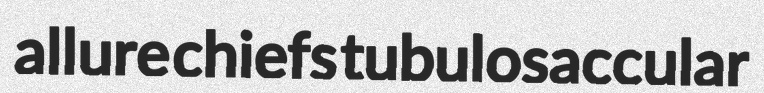
allure chiefs tubulosaccular